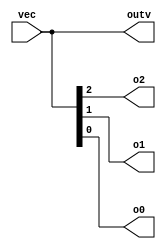
//https://hdlbits.01xz.net/wiki/Vector0

module top_module ( 
    input wire [2:0] vec,
    output wire [2:0] outv,
    output wire o2,
    output wire o1,
    output wire o0  ); // Module body starts after module declaration

    assign outv = vec [2:0];
    //We can also do
  //assign outv = vec; since they have the same bit size from module
    assign o2 = vec [2];
    assign o1 = vec [1:1]; //Same as saying vec [1];
    assign o0 = vec [0];
    
endmodule